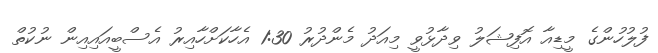
ފުލުހުންގެ މީޑިއާ އޮފިޝަލު ވިދާޅުވީ މިއަދު މެންދުރު 1:30 އެހާކަށްހާއިރު އެސްބީއައިއިން ނުކުތް